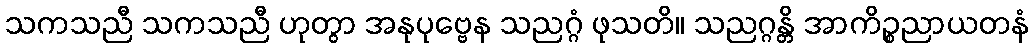
သကသညီ သကသညီ ဟုတွာ အနုပုဗ္ဗေန သညဂ္ဂံ ဖုသတိ။ သညဂ္ဂန္တိ အာကိဉ္စညာယတနံ